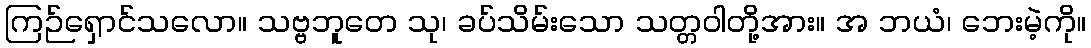
ကြဉ်ရှောင်သလော။ သဗ္ဗဘူတေ သု၊ ခပ်သိမ်းသော သတ္တဝါတို့အား။ အ ဘယံ၊ ဘေးမဲ့ကို။